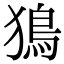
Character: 𤡕